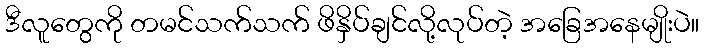
ဒီလူတွေကို တမင်သက်သက် ဖိနှိပ်ချင်လို့လုပ်တဲ့ အခြေအနေမျိုးပဲ။